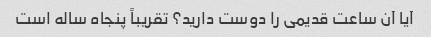
آیا آن ساعت قدیمی را دوست دارید؟ تقریباً پنجاه ساله است